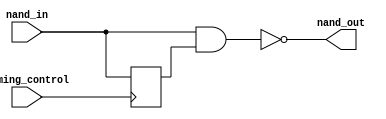
module NAND_Delay (
    input wire nand_in,
    input wire timing_control,
    output reg nand_out
);
    
    reg delayed_signal;

    // Create delay based on timing_control signal
    always @(posedge timing_control) begin
        delayed_signal <= nand_in;
    end
    
    // Use NAND gate to introduce delay
    assign nand_out = ~(nand_in & delayed_signal);

endmodule